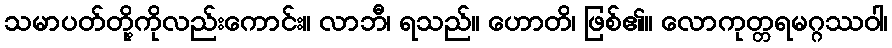
သမာပတ်တို့ကိုလည်းကောင်း။ လာဘီ၊ ရသည်။ ဟောတိ၊ ဖြစ်၏။ လောကုတ္တရမဂ္ဂဿဝါ၊